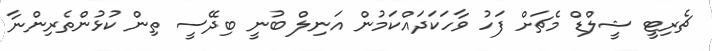
ޗެރިޓީ ޝީލްޑް މެޗަށް ފަހު ވާހަކަދައްކަމުން އަނިލް ބުނީ ބިދޭސީ ތިން ކުޅުންތެރިންނާ